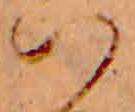
ハ